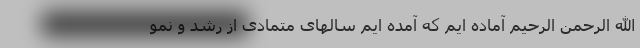
الله الرحمن الرحیم آماده ایم که آمده ایم سالهای متمادی از رشد و نمو